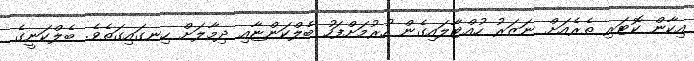
އިކާން ކޮޓަރި ތެރެއަށް ނަޒަރު ހުއްޓާލައިގެން ހުރުމަށްފަހު ބެލްކަންޏާއި ދިމާލަށް ހިނގައިގަތެވެ. ބެލްކަނީގެ